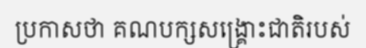
ប្រកាសថា គណបក្សសង្គ្រោះជាតិរបស់